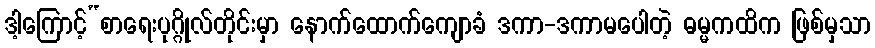
ဒါ့ကြောင့်“စာရေးပုဂ္ဂိုလ်တိုင်းမှာ နောက်ထောက်ကျောခံ ဒကာ-ဒကာမပေါတဲ့ ဓမ္မကထိက ဖြစ်မှသာ